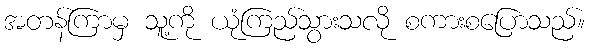
အတန်ကြာမှ သူ့ကို ယုံကြည်သွားသလို စကားစပြောသည်။